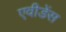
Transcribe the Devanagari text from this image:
एवीडेंस